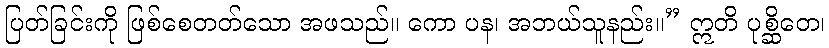
ပြတ်ခြင်းကို ဖြစ်စေတတ်သော အဖသည်။ ကော ပန၊ အဘယ်သူနည်း။” ဣတိ ပုစ္ဆိတေ၊